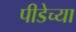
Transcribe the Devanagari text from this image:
पीडेच्या